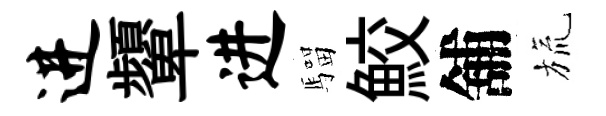
进顰进騮鮫舖旒